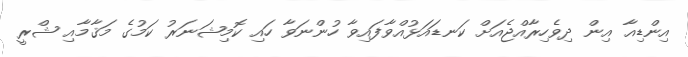
އިންޑިއާ އިން ދިވެހިރާއްޖެއަށް ކަނޑައަޅުއްވާފައިވާ ހުންނަވާ ހައި ކޮމިޝަނަރު ކަމުގެ މަޤާމާއި ޝްރީ